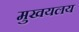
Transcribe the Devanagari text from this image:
मुखयलय